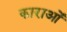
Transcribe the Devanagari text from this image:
काराओं